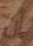
أن